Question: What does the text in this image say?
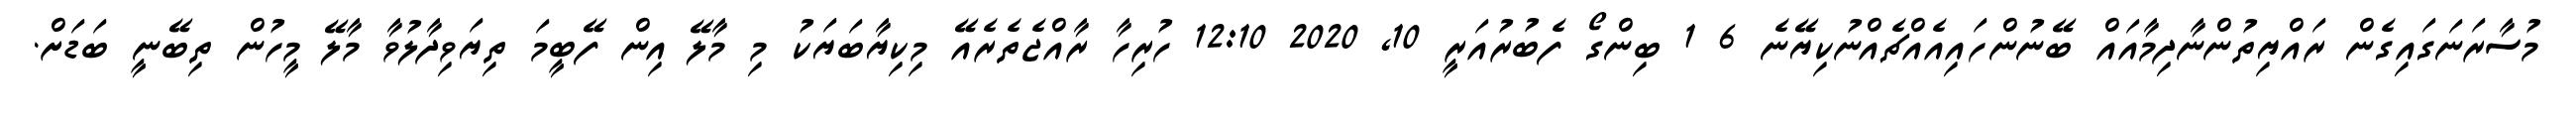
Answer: މުސާރަނަގައިގެން ރައްޔިތުންނާދިމާއައް ބޭނުންހައިއެއްޗެއްނުކިޔޭނެ 6 1 ބިންގޯ ފެބުރުއަރީ 10, 2020 12:10 ހުރިހާ ރާއްޖެތެރެއޭ މިކިޔާބަޔަކު މި މާލޭ އިން ފޭބީމަ ތިޔަވިދާލުވާ މާލޭ މީހުން ތިބޭނީ ބަޑަށް.